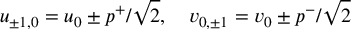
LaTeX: u _ { \pm 1 , 0 } = u _ { 0 } \pm p ^ { + } / \sqrt { 2 } , \quad v _ { 0 , \pm 1 } = v _ { 0 } \pm p ^ { - } / \sqrt { 2 }